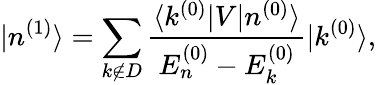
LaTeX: |n^{(1)}\rangle=\sum_{k\not\in D}{\frac{\langle k^{(0)}|V|n^{(0)}\rangle}{E_{n}^{(0)}-E_{k}^{(0)}}}|k^{(0)}\rangle,